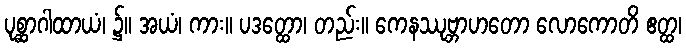
ပုစ္ဆာဂါထာယံ၊ ၌။ အယံ၊ ကား။ ပဒတ္ထော၊ တည်း။ ကေနဿုဗ္ဘာဟတော လောကောတိ ဧတ္ထ၊